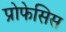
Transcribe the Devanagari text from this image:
प्रोफेसिस